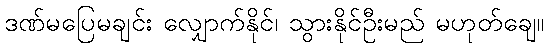
ဒဏ်မပြေမချင်း လျှောက်နိုင်၊ သွားနိုင်ဦးမည် မဟုတ်ချေ။